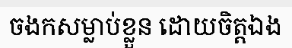
ចងកសម្លាប់ខ្លួន ដោយចិត្តឯង